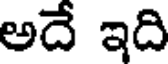
అదే ఇది